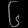
Digit: ၆